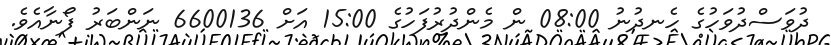
ދުވަސްދުވަހުގެ ހެނދުނު 08:00 ން މެންދުރުފަހުގެ 15:00 އަށް 6600136 ނަންބަރު ފޯނާއެވެ.